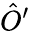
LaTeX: {\hat{O}}^{\prime}